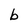
Character: b